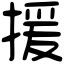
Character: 援